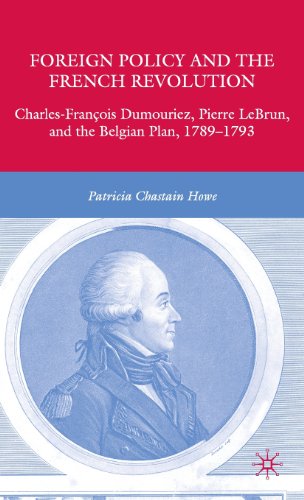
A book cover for Foreign Policy and the French Revolution: Charles-FranÃ§ois Dumouriez, Pierre LeBrun, and the Belgian Plan, 1789-1793; Patricia Chastain Howe; History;